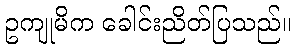
ဥကျုမိက ခေါင်းညိတ်ပြသည်။